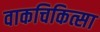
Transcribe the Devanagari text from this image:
वाकचिकित्सा